Indian journal of veterinary science and animal husbandry - Volumes 18-21, 1948-1951
Year: 1948
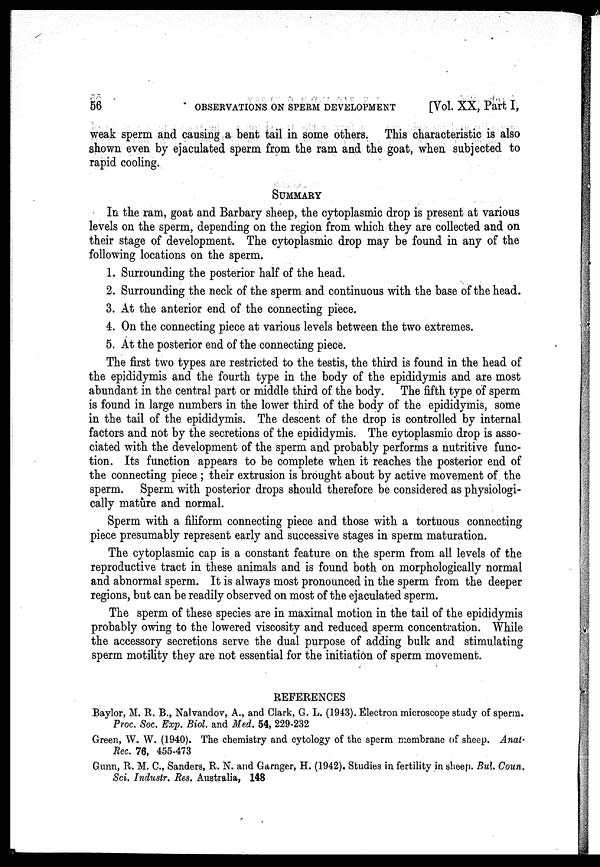
56
OBSERVATIONS ON SPERM DEVELOPMENT
[Vol. XX, Part I,
weak sperm and causing a bent tail in some others. This characteristic is also
shown even by ejaculated sperm from the ram and the goat, when subjected to
rapid cooling.
SUMMARY
In the ram, goat and Barbary sheep, the cytoplasmic drop is present at various
levels on the sperm, depending on the region from which they are collected and on
their stage of development. The cytoplasmic drop may be found in any of the
following locations on the sperm.
1. Surrounding the posterior half of the head.
2. Surrounding the neck of the sperm and continuous with the base of the head.
3. At the anterior end of the connecting piece.
4. On the connecting piece at various levels between the two extremes.
5. At the posterior end of the connecting piece.
The first two types are restricted to the testis, the third is found in the head of
the epididymis and the fourth type in the body of the epididymis and are most
abundant in the central part or middle third of the body. The fifth type of sperm
is found in large numbers in the lower third of the body of the epididymis, some
in the tail of the epididymis. The descent of the drop is controlled by internal
factors and not by the secretions of the epididymis. The cytoplasmic drop is asso-
ciated with the development of the sperm and probably performs a nutritive func-
tion. Its function appears to be complete when it reaches the posterior end of
the connecting piece ; their extrusion is brought about by active movement of the
sperm. Sperm with posterior drops should therefore be considered as physiologi-
cally mature and normal.
Sperm with a filiform connecting piece and those with a tortuous connecting
piece presumably represent early and successive stages in sperm maturation.
The cytoplasmic cap is a constant feature on the sperm from all levels of the
reproductive tract in these animals and is found both on morphologically normal
and abnormal sperm. It is always most pronounced in the sperm from the deeper
regions, but can be readily observed on most of the ejaculated sperm.
The sperm of these species are in maximal motion in the tail of the epididymis
probably owing to the lowered viscosity and reduced sperm concentration. While
the accessory secretions serve the dual purpose of adding bulk and stimulating
sperm motility they are not essential for the initiation of sperm movement.
REFERENCES
Baylor, M. R. B., Nalvandov, A., and Clark, G. L. (1943). Electron microscope study of sperm.
Proc. Soc. Exp. Biol. and Med. 54, 229-232
Green, W. W. (1940). The chemistry and cytology of the sperm membrane of sheep. Anat.
Rec. 76, 455-473
Gunn, R. M. C., Sanders, R. N. and Garnger, H. (1942). Studies in fertility in sheep. Bul. Coun.
Sci. Industr. Res. Australia, 148